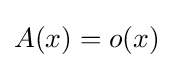
A(x)=o(x)